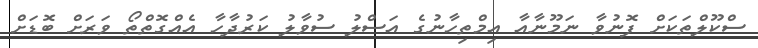
ސްކޫލްތަކަށް ފޮނުވާ ނަމޫނާއާ އިމްތިހާނުގެ އަސްލު ސުވާލު ކަރުދާހާ އެއްގޮތްތޯ ވަރަށް ބޮޑަށް